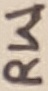
Text: RW